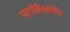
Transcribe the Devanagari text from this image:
पागोबैनकोमैट